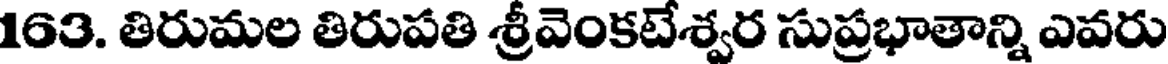
163. తిరుమల తిరుపతి శ్రీవెంకటేశ్వర సుప్రభాతాన్ని ఎవరు